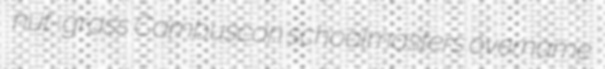
nut-grass Cambuscan schoolmasters overname